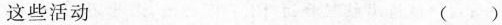
这些活动 ()